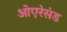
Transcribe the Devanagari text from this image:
ओएरेसंड